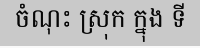
ចំណុះ ស្រុក ក្នុង ទី